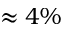
\approx 4 \%